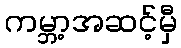
ကမ္ဘာ့အဆင့်မှီ